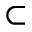
\subset